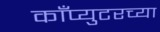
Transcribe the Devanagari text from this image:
काँप्युटरच्या